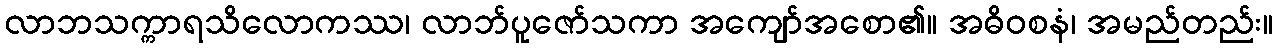
လာဘသက္ကာရသိလောကဿ၊ လာဘ်ပူဇော်သကာ အကျော်အစော၏။ အဓိဝစနံ၊ အမည်တည်း။